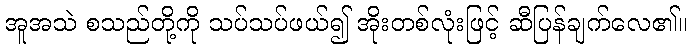
အူအသဲ စသည်တို့ကို သပ်သပ်ဖယ်၍ အိုးတစ်လုံးဖြင့် ဆီပြန်ချက်လေ၏။